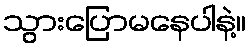
သွားပြောမနေပါနဲ့။